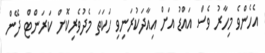
އެހެންވެ މިހާރު ވެސް އައްޑު އަށް އިއާދަކުރަނިވި ހަކަތަ މެދުވެރިކޮށް ކަރަންޓް ދޭން